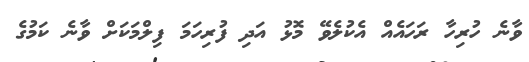
ވާނެ ހުރިހާ ރަހައެއް އެކުލެވޭ މޮޅު އަދި ފުރިހަމަ ފިލްމަކަށް ވާނެ ކަމުގެ